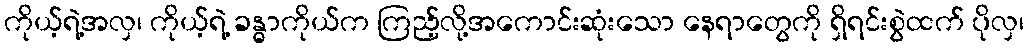
ကိုယ့်ရဲ့အလှ၊ ကိုယ့်ရဲ့ ခန္ဓာကိုယ်က ကြည့်လို့အကောင်းဆုံးသော နေရာတွေကို ရှိရင်းစွဲထက် ပိုလှ၊